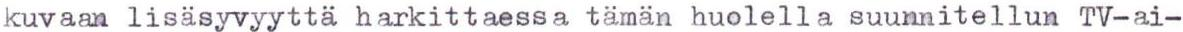
kuvaan lisäsyvyyttä harkittaessa tämän huolella suunnitellun TV-ai-